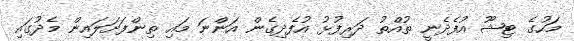
މަހުގެ ޓިޝޫ އުފެދެނީ ތުއްތު ދަރިފުޅު އުފެދިގެން އަންނަ މައި ތިންފަށަލައިން މެދުގައި